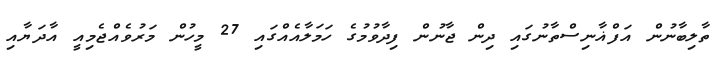
ތާލިބާނުން އަފްޣާނިސްތާނުގައި ދިން ޖާނުން ފިދާވުމުގެ ހަމަލާއެއްގައި 27 މީހުން މަރުވެއްޖެމިއީ އާދަޔާއި